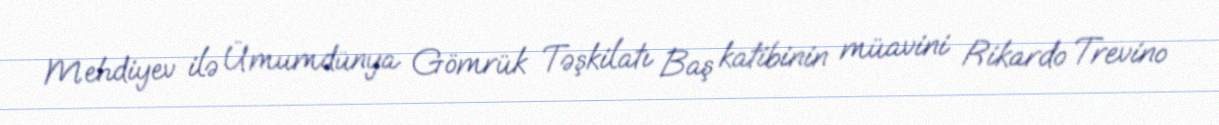
Mehdiyev ilə Ümumdünya Gömrük Təşkilatı Baş katibinin müavini Rikardo Trevino